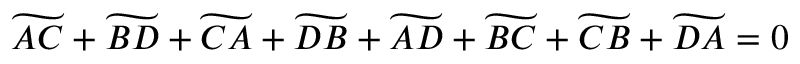
\widetilde { A C } + \widetilde { B D } + \widetilde { C A } + \widetilde { D B } + \widetilde { A D } + \widetilde { B C } + \widetilde { C B } + \widetilde { D A } = 0